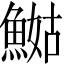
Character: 𲌺